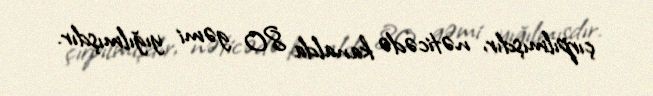
çırpılmışdır, nəticədə kanalda 80 gəmi yığılmışdır.